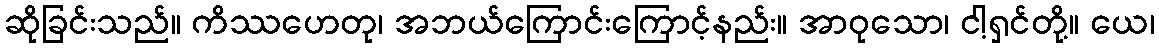
ဆိုခြင်းသည်။ ကိဿဟေတု၊ အဘယ်ကြောင်းကြောင့်နည်း။ အာဝုသော၊ ငါ့ရှင်တို့။ ယေ၊